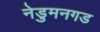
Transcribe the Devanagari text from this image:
नेडुमनगड